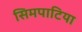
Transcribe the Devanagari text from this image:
सिमपाटिया